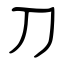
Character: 刀